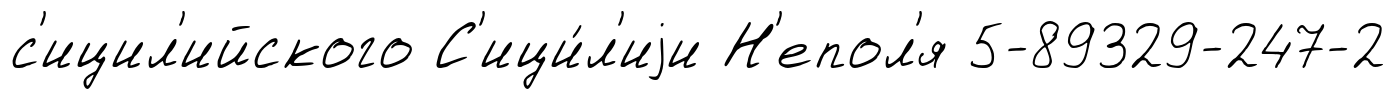
с'ицил'ийского С'ици́л'иjи Н'епол'я 5-89329-247-2